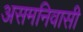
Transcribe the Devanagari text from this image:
असमनिवासी